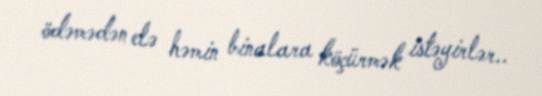
ödəmədən elə həmin binalara köçürmək istəyirlər..